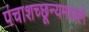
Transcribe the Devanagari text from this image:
पंचाशच्छून्यमध्यगे